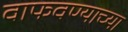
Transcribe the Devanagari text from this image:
वाफवण्याच्या